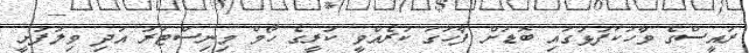
ރައީސްގެ ވާހަކަފުޅުގައި ބޮޑަށް ފާހަގަ ކުރެއްވީ ކުރީގެ ހޯމް މިނިސްޓަރު އަދި ވިލުފުށީ